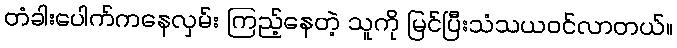
တံခါးပေါက်ကနေလှမ်း ကြည့်နေတဲ့ သူကို မြင်ပြီးသံသယဝင်လာတယ်။